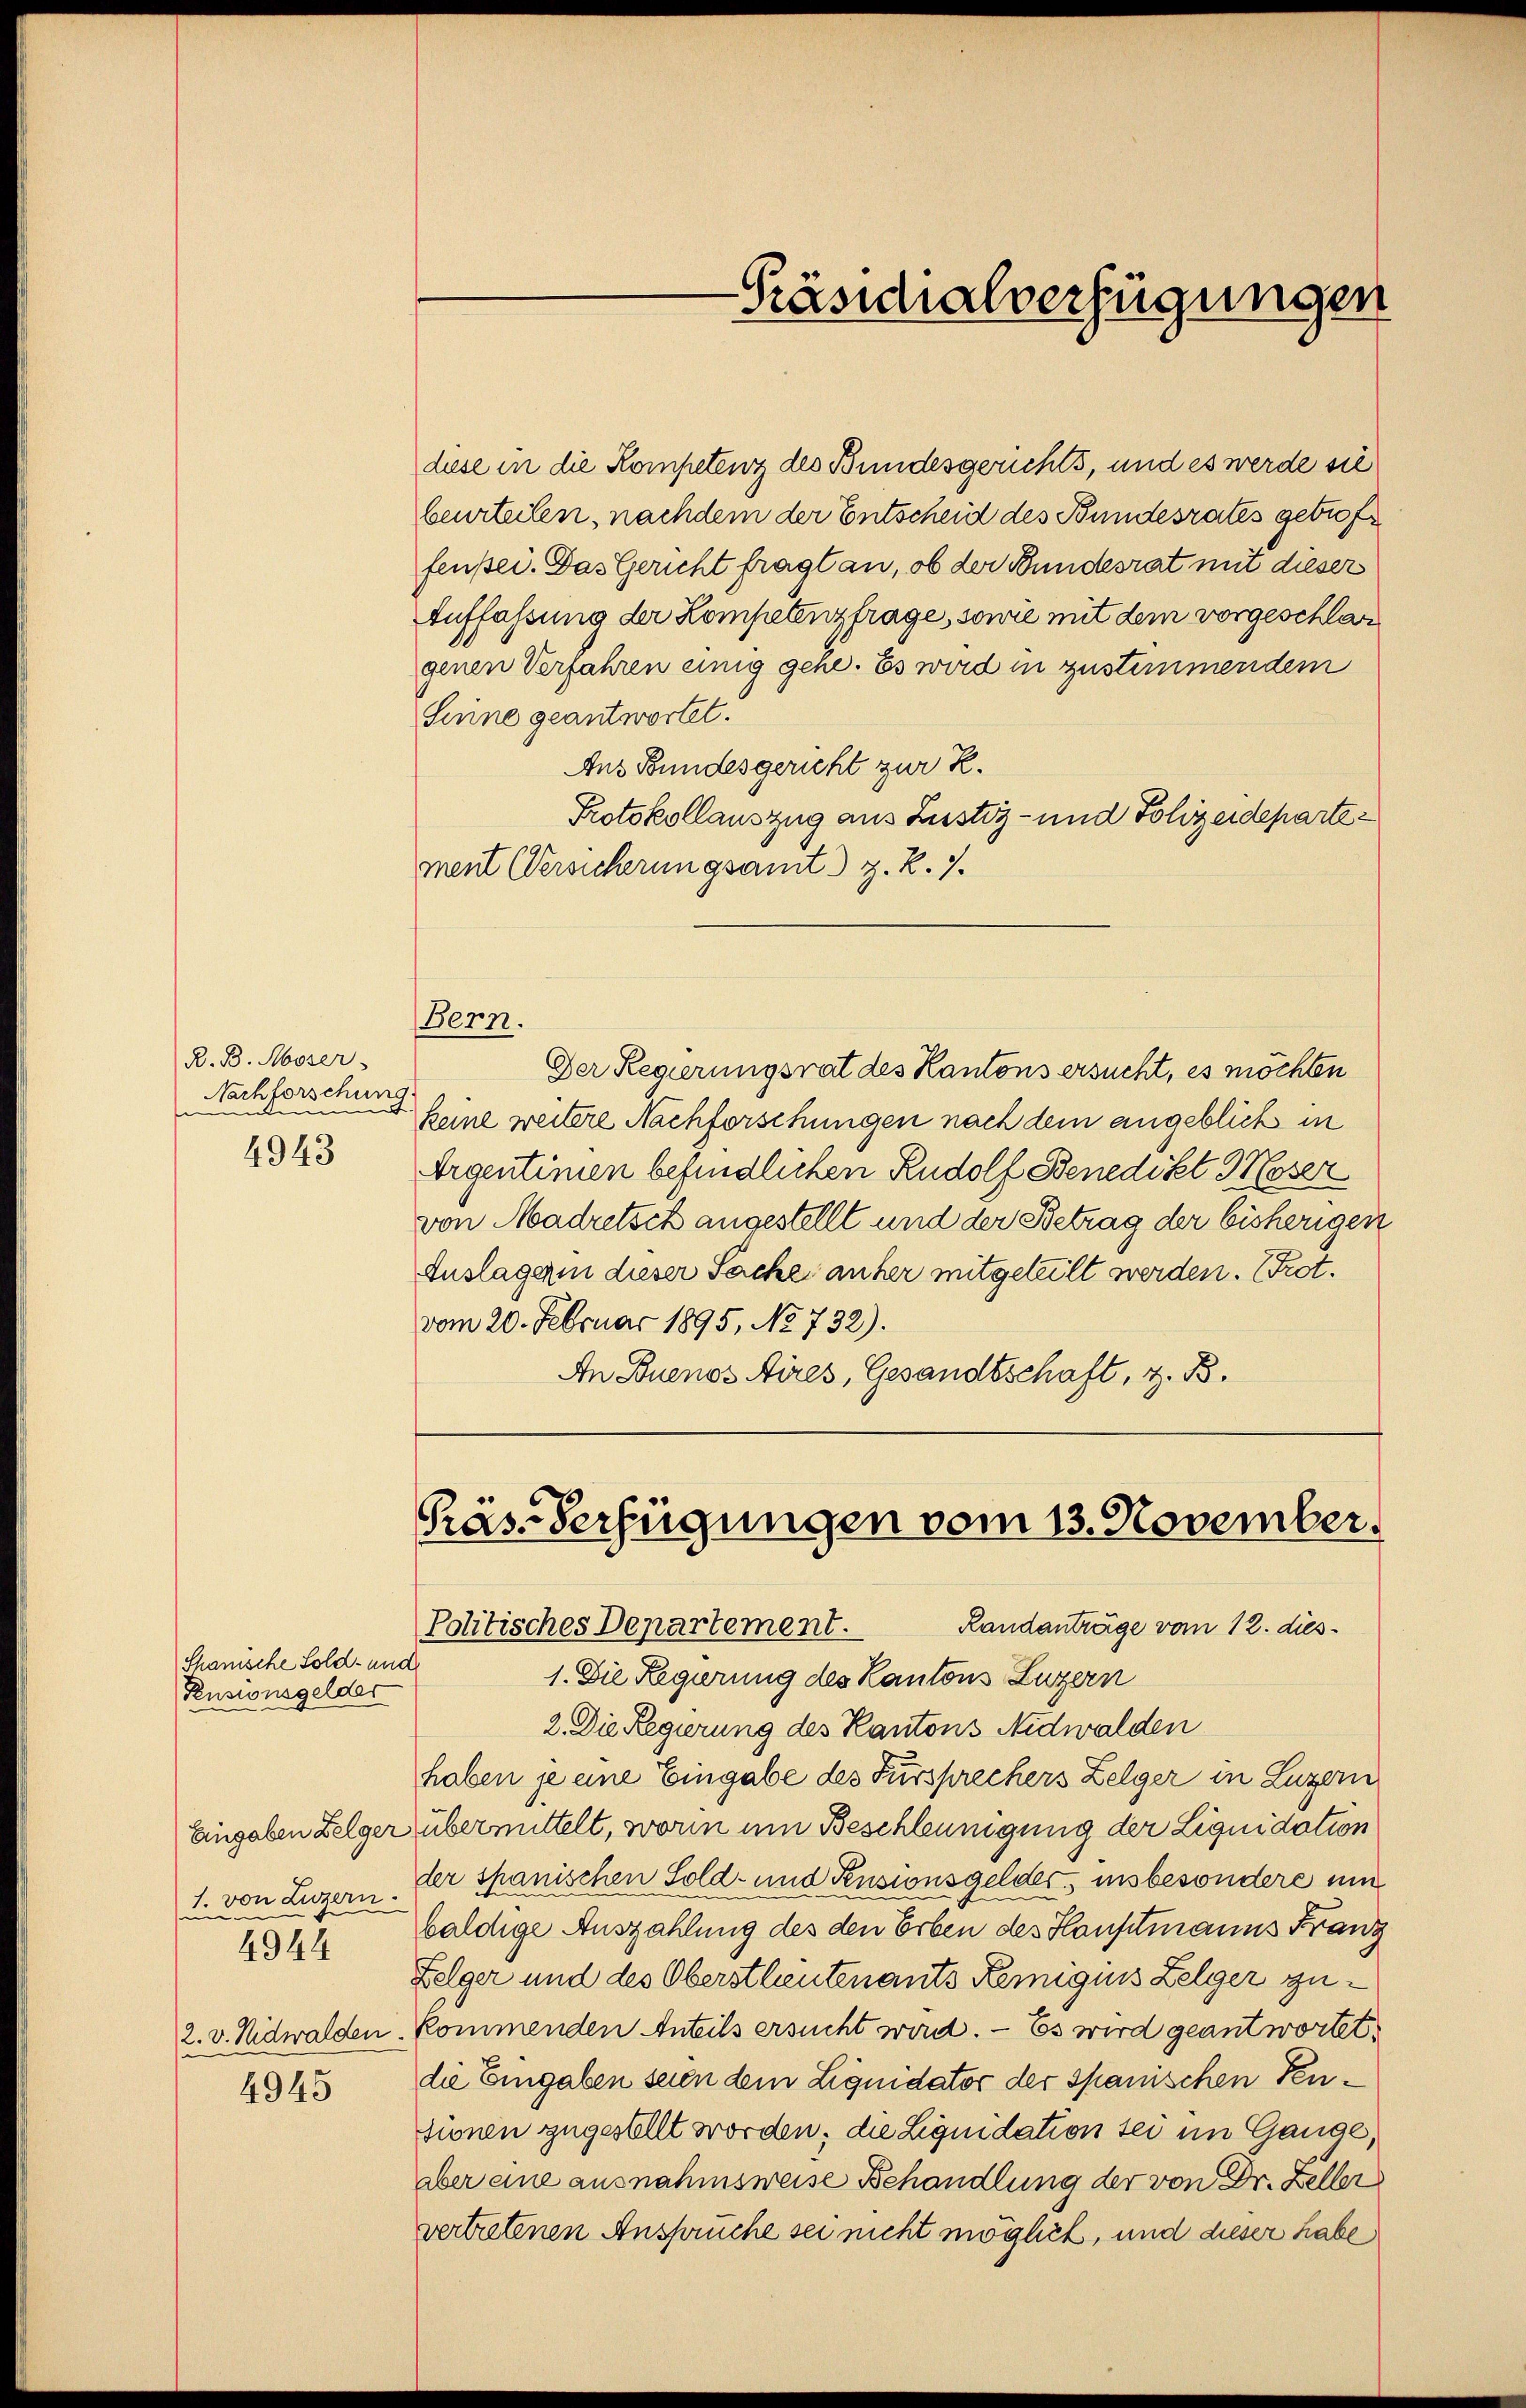
R. B. Moser
Nachforschung
e
uen
u
.
4943

Shanische Sold- und
Rusionsgelder
Eingaben Belger
1. von Luzern.
4944
2. v. Nidwalden.

4945

diese in die Kompetenz des Bundesgerichts, und es werde sie
beurteilen, nachdem der Entscheid des Bundesrates getroffensei. Das Gericht fragt an, ob der Bundesrat mit dieser
Auffassung der Kompetenzfrage, sowie mit dem vorgeschlar
genen Verfahren einig gehe. Es wird in zustimmendem
Sinne geantwortet.
Aus Bundesgericht zur R.
Protokollauszug aus Justiz- und Polizeidepartement (Versicherungsamt z. R. 7.
Bern.
Der Regierungsrat des Kantons ersucht, es möchten
keine weitere Nachforschungen nach dem angeblick in
Argentimen befindlichen Rudolf Benedikt Moser
von Madretsch angestellt und der Betrag der bisherigen
Auslagern dieser Sache anher mitgeteilt werden. Prot.
vom 20. Februar 1895, No 732).
An Buenos Aires, Gesandtschaft, z. B.

Päs-Verfügungen vom 13. November

Präsidialverfügungen

Politisches Departement.
Randanträge vom 12. dies
1. Die Regierung des Kantons Luzern
2. Die Regierung des Kantons Nidwalden
haben je eine Eingabe des Fürsprechers Zelger in Luzern
zübermittelt, worin um Beschleunigung der Liquidation
der spanischen Sold- und Pensionsgelder, insbesondere um
baldige Auszahlung des den Erben des Hauptmanns Franz
Felger und des Oberstleutenants Kemignis Zelger zukommenden Anteils ersucht wird. - Es wird geantwortet.
die Eingaben seien dem Liquidator der spanischen Pensionen zugestellt worden; die Liquidation sei im Gange,
aber eine ausnahmsweise Behandlung der von Dr. Zeller
vertretenen Anspruche sei nicht möglich, und dieser habe